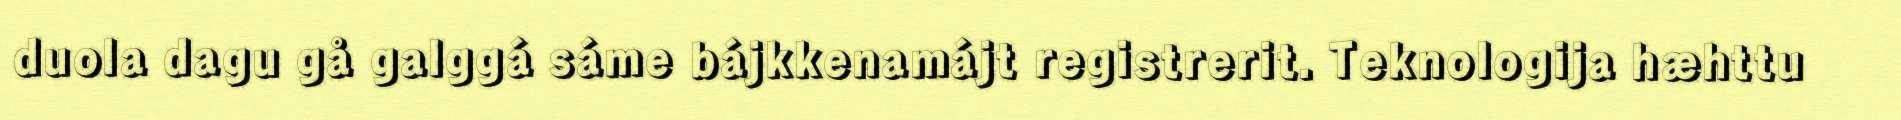
duola dagu gå galggá sáme bájkkenamájt registrerit. Teknologija hæhttu